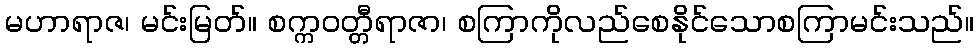
မဟာရာဇ၊ မင်းမြတ်။ စက္ကဝတ္တီရာဇာ၊ စကြာကိုလည်စေနိုင်သောစကြာမင်းသည်။